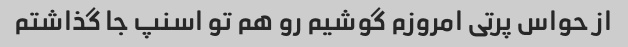
از حواس پرتی امروزم گوشیم رو هم تو اسنپ جا گذاشتم